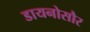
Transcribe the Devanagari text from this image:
डायनोसौर